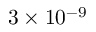
3 \times 1 0 ^ { - 9 } \